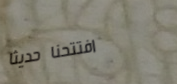
افتتحنا حديثاً